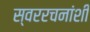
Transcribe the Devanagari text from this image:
स्वररचनांशी